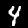
Label: 4